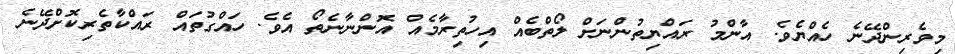
މިވެރިންދޭނެ ހެއްޔެވެ. އާންމު ރައްޔިތުންނަށް ލޯތްބެއް އިހުތިރާމެއް އޮންނާނެތޯ އެވެ. ހައްގުތައް ރައްކާތެރިކޮށްދޭނެ